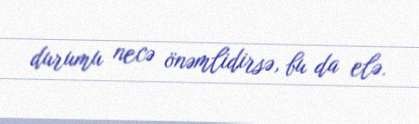
durumu necə önəmlidirsə, bu da elə.